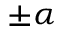
\pm \alpha